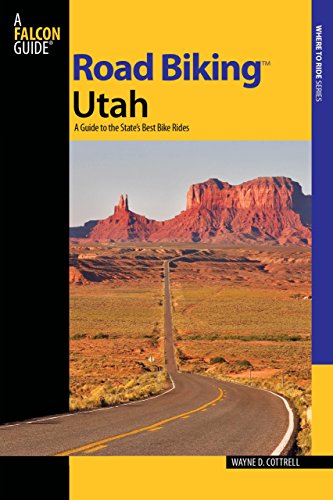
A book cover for Road Biking(TM) Utah: A Guide To The State's Best Bike Rides (Road Biking Series); Wayne D. Cottrell; Travel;